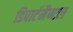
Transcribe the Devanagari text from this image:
डिपार्टमैण्टल